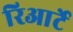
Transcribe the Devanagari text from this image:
रिआर्टे